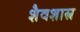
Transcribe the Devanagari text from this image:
शैवशास्त्र